Insane asylums Bombay 1873-77 - 1873-1877
Year: 1873
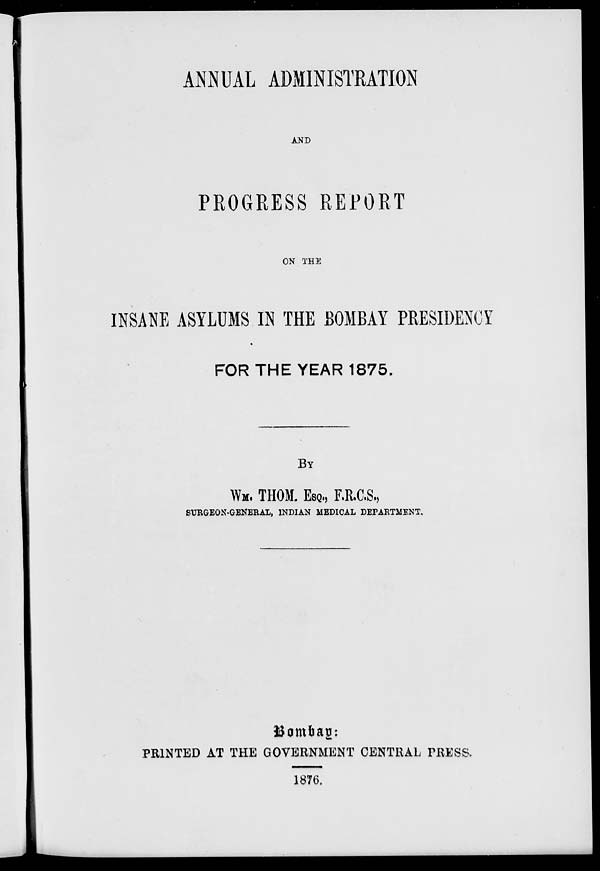
ANNUAL ADMINISTRATION
AND
PROGRESS REPORT
ON THE
INSANE ASYLUMS IN THE BOMBAY PRESIDENCY
FOR THE YEAR 1875.
BY
WM. THOM. ESQ., F.R.C.S.,
SURGEON-GENERAL, INDIAN MEDICAL DEPARTMENT.
Bombay:
PRINTED AT THE GOVERNMENT CENTRAL PRESS,
1876.